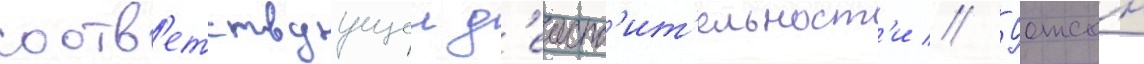
соотв'етствуущеи д'еиств'ит'ельност'и // Уотсон